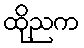
ထိုညက